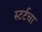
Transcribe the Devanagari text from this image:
स्टर्टचा